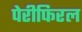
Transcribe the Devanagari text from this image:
पेरीफिरल